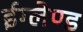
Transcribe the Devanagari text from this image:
ईग्‍लेण्‍ड